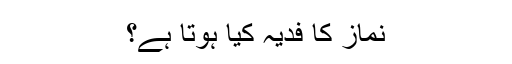
نماز کا فدیہ کیا ہوتا ہے؟